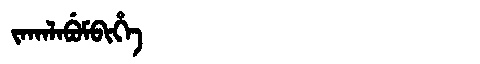
Manchu: ᠵᠠᡴᠠᠯᠠᠪᡠᠮᠪᡳᡥᡝ
Romanization: JAKALABUMBIHE